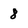
Character: 8